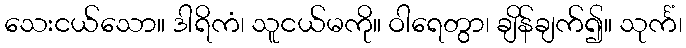
သေးငယ်သော။ ဒါရိကံ၊ သူငယ်မကို။ ဝါရေတွာ၊ ချိန်ချက်၍။ သုင်္ကံ၊